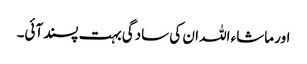
اور ماشاء اللہ ان کی سادگی بہت پسندآئی۔